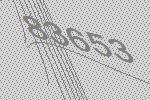
83653